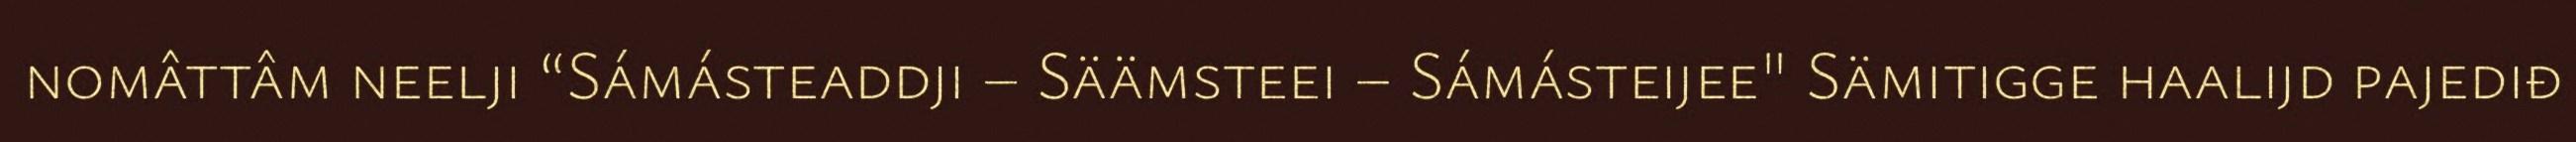
nomâttâm neelji “Sámásteaddji – Säämsteei – Sámásteijee" Sämitigge haalijd pajediđ